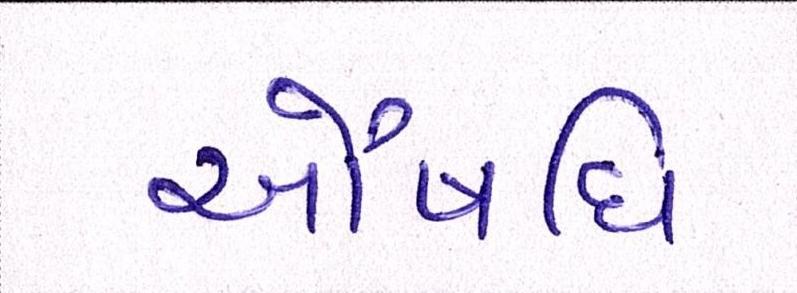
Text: ઔષધિ